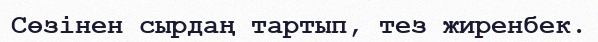
Сөзінен сырдаң тартып, тез жиренбек.